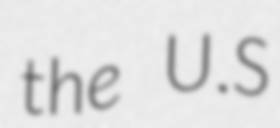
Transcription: the U.S